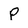
Character: P